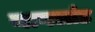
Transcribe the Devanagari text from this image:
नागलांड